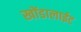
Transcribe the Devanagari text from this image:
खोंडालाईट